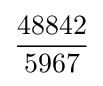
{\frac {48842}{5967}}